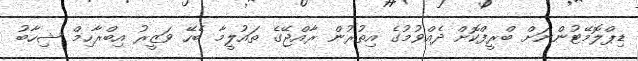
ޑިޕްލޮމޭޓުންނަށް ބްރީފްކޮށް ދެއްވުމުގެ އިތުރުން ރާއްޖޭގެ ތައުލީމާ ބެހޭ ވަޒީރު އިބްރާހިމް ޝިހާބު